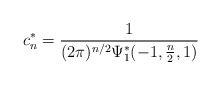
LaTeX: \begin{align*} c_{n}^{\ast}=\frac{1}{(2\pi)^{n/2}\Psi_{1}^{\ast}(-1,\frac{n}{2},1)}\end{align*}